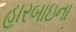
હારબાઇના